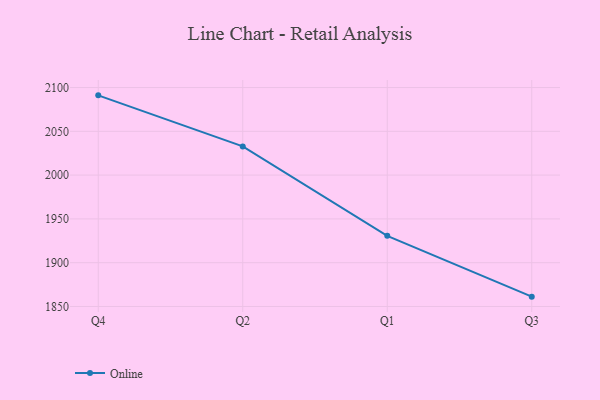
{"axis": {"x": "Quarter", "y": "Humidity (%)"}, "legend": ["Online"], "data": [{"x": "Q4", "y": 2091.1, "type": "Online"}, {"x": "Q2", "y": 2032.8, "type": "Online"}, {"x": "Q1", "y": 1930.7, "type": "Online"}, {"x": "Q3", "y": 1861.2, "type": "Online"}]}